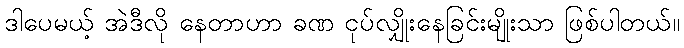
ဒါပေမယ့် အဲဒီလို နေတာဟာ ခဏ ငုပ်လျှိုးနေခြင်းမျိုးသာ ဖြစ်ပါတယ်။